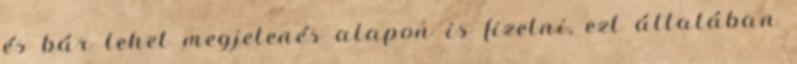
és bár lehet megjelenés alapon is ﬁzetni, ezt általában